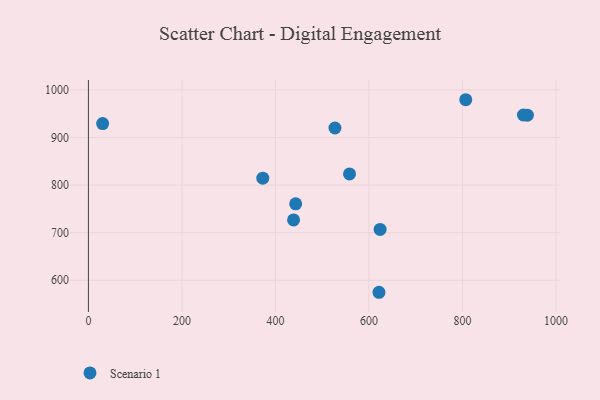
{"axis": {"x": "Price", "y": "Salary"}, "legend": ["Scenario 1"], "data": [{"x": "621.5", "y": 574.8, "type": "Scenario 1"}, {"x": "443.3", "y": 760.6, "type": "Scenario 1"}, {"x": "30.4", "y": 929.3, "type": "Scenario 1"}, {"x": "623.9", "y": 706.8, "type": "Scenario 1"}, {"x": "558.5", "y": 823.5, "type": "Scenario 1"}, {"x": "373.0", "y": 814.7, "type": "Scenario 1"}, {"x": "438.8", "y": 726.8, "type": "Scenario 1"}, {"x": "527.3", "y": 920.1, "type": "Scenario 1"}, {"x": "938.9", "y": 947.0, "type": "Scenario 1"}, {"x": "930.5", "y": 947.4, "type": "Scenario 1"}, {"x": "807.1", "y": 979.5, "type": "Scenario 1"}]}